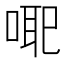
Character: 𭈳